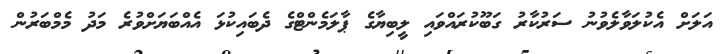
އަލަށް އެކުލަވާލެވުނު ސަރުކާރު ގަބޫކުރައްވައި ލީބިޔާގެ ޕާލަމެންޓްގެ ދެބައިކުޅަ އެއްބަޔަށްވުރެ މަދު މެމްބަރުން